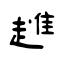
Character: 趡